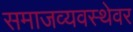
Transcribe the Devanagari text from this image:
समाजव्यवस्थेवर